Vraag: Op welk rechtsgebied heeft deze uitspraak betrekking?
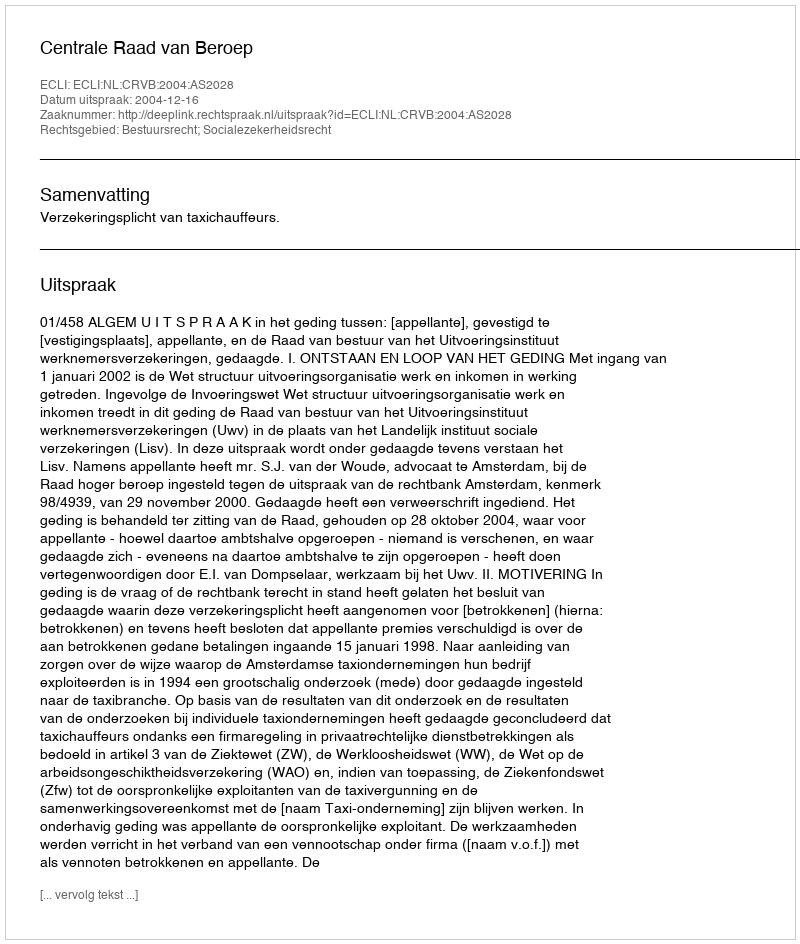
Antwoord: Bestuursrecht; Socialezekerheidsrecht